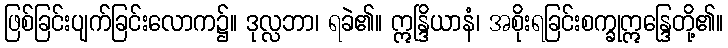
ဖြစ်ခြင်းပျက်ခြင်းလောက၌။ ဒုလ္လဘာ၊ ရခဲ၏။ ဣန္ဒြိယာနံ၊ အစိုးရခြင်းစက္ခုဣန္ဒြေတို့၏။